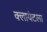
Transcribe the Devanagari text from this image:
क्लायंटला